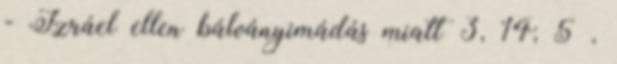
- Izráel ellen bálványimádás miatt 3, 14; 5 ,